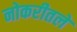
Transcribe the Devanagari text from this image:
नोकरीतले